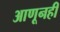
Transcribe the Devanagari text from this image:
आणूनही